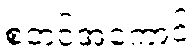
စတင်အကောင်